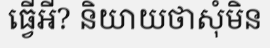
ធ្វើអី? និយាយថាសុំមិន